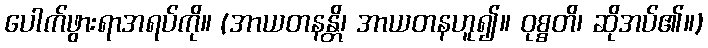
ပေါက်ဖွားရာအရပ်ကို။ (အာယတနန္တိ၊ အာယတနဟူ၍။ ဝုစ္စတိ၊ ဆိုအပ်၏။)